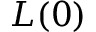
L ( 0 )